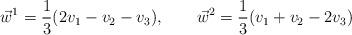
LaTeX: \begin{align*}\vec{w}^{1}= \frac{1}{3}(2v_{1}-v_{2}-v_{3}) , \qquad \vec{w}^{2}= \frac{1}{3}(v_{1}+v_{2}-2v_{3})\end{align*}